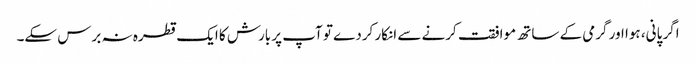
اگر پانی، ہوا اور گرمی کے ساتھ موافقت کرنے سے انکار کردے تو آپ پر بارش کا ایک قطرہ نہ برس سکے۔